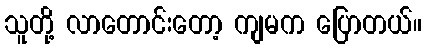
သူတို့ လာတောင်းတော့ ကျမက ပြောတယ်။